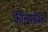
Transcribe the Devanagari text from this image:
कीर्तनसेवाच